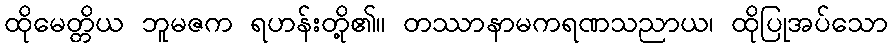
ထိုမေတ္တိယ ဘူမဇက ရဟန်းတို့၏။ တဿာနာမကရဏသညာယ၊ ထိုပြုအပ်သော